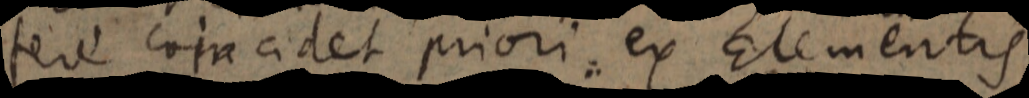
fere coincidet priori ex Elementis